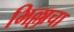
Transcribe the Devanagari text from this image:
भिल्लाचा